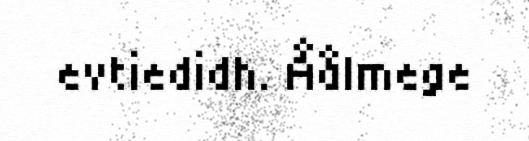
evtiedidh. Åålmege